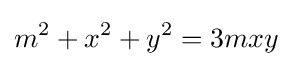
m^{2}+x^{2}+y^{2}=3mxy